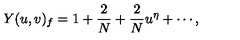
Y ( u , v ) _ { f } = 1 + \frac { 2 } { N } + \frac { 2 } { N } u ^ { \eta } + \cdots ,